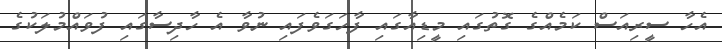
އެހާ ސީރިއަސް ކަމެއްގެ ގޮތުގައި މީޑިއާގައި ފާހަގަވެފައި ނުވާ އެ ހާދިސާގައި ފުވައްމުލަކުގެ